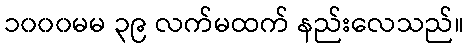
၁၀၀၀မမ ၃၉ လက်မထက် နည်းလေသည်။